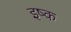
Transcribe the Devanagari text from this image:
इष्क